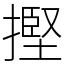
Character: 摼